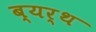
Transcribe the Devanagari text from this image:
ब्यर्थ